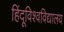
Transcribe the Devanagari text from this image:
हिंदूविश्वविद्यालय